Indian journal of veterinary science and animal husbandry - Volume 13,
Year: 1943
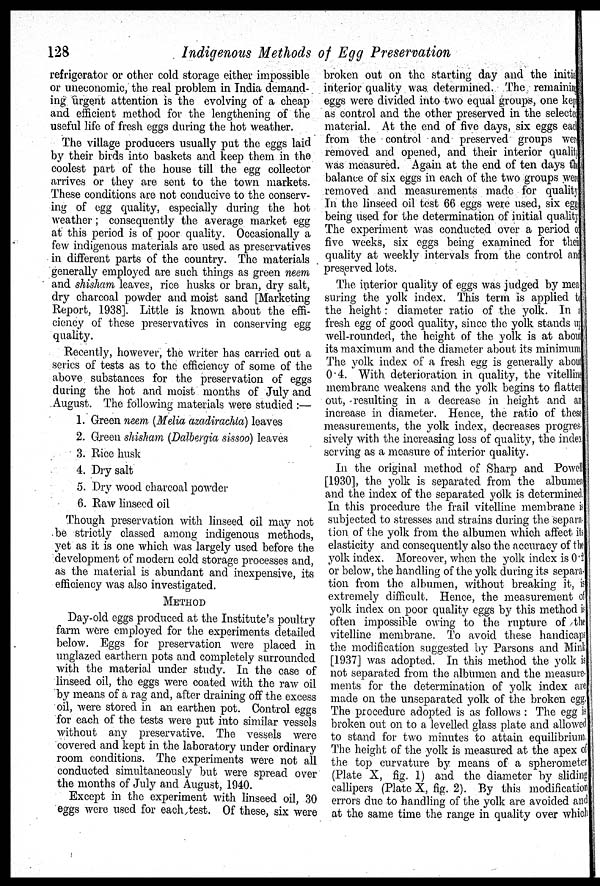
128
Indigenous Methods of Egg Preservation
refrigerator or other cold storage either impossible
or uneconomic, the real problem in India demand-
ing urgent attention is the evolving of a cheap
and efficient method for the lengthening of the
useful life of fresh eggs during the hot weather.
The village producers usually put the eggs laid
by their birds into baskets and keep them in the
coolest part of the house till the egg collector
arrives or they are sent to the town markets.
These conditions are not conducive to the conserv-
ing of egg quality, especially during the hot
weather; consequently the average market egg
at this period is of poor quality. Occasionally a
few indigenous materials are used as preservatives
in different parts of the country. The materials
generally employed are such things as green neem
and shisham leaves, rice husks or bran, dry salt,
dry charcoal powder and moist sand [Marketing
Report, 1938]. Little is known about the effi-
ciency of these preservatives in conserving egg
quality.
Recently, however, the writer has carried out a
series of tests as to the efficiency of some of the
above substances for the preservation of eggs
during the hot and moist months of July and
August. The following materials were studied :—
1. Green neem (Melia azadirachta) leaves
2. Green shisham (Dalbergia sissoo) leaves
3. Rice husk
4. Dry salt
5. Dry wood charcoal powder
6. Raw linseed oil
Though preservation with linseed oil may not
be strictly classed among indigenous methods,
yet as it is one which was largely used before the
development of modern cold storage processes and,
as the material is abundant and inexpensive, its
efficiency was also investigated.
METHOD
Day-old eggs produced at the Institute's poultry
farm were employed for the experiments detailed
below. Eggs for preservation were placed in
unglazed earthern pots and completely surrounded
with the material under study. In the case of
linseed oil, the eggs were coated with the raw oil
by means of a rag and, after draining off the excess
oil, were stored in an earthen pot. Control eggs
for each of the tests were put into similar vessels
without any preservative. The vessels were
covered and kept in the laboratory under ordinary
room conditions. The experiments were not all
conducted simultaneously but were spread over
the months of July and August, 1940.
Except in the experiment with linseed oil, 30
eggs were used for each test. Of these, six were
broken out on the starting day and the initia
interior quality was determined. The remaining
eggs were divided into two equal groups, one kept
as control and the other preserved in the selected
material. At the end of five days, six eggs each
from the control and preserved groups were
removed and opened, and their interior quality
was measured. Again at the end of ten days the
balance of six eggs in each of the two groups were
removed and measurements made for quality.
In the linseed oil test 66 eggs were used, six eggs
being used for the determination of initial quality.
The experiment was conducted over a period of
five weeks, six eggs being examined for their
quality at weekly intervals from the control and
preserved lots.
The interior quality of eggs was judged by mea-
suring the yolk index. This term is applied to
the height : diameter ratio of the yolk. In a
fresh egg of good quality, since the yolk stands up
well-rounded, the height of the yolk is at about
its maximum and the diameter about its minimum.
The yolk index of a fresh egg is generally about
0.4. With deterioration in quality, the vitelline
membrane weakens and the yolk begins to flatten
out, resulting in a decrease in height and an
increase in diameter. Hence, the ratio of these
measurements, the yolk index, decreases progres-
sively with the increasing loss of quality, the index
serving as a measure of interior quality.
In the original method of Sharp and Powell
[1930], the yolk is separated from the albumen
and the index of the separated yolk is determined.
In this procedure the frail vitelline membrane is
subjected to stresses and strains during the separa-
tion of the yolk from the albumen which affect its
elasticity and consequently also the accuracy of the
yolk index. Moreover, when the yolk index is 0'2
or below, the handling of the yolk during its separa-
tion from the albumen, without breaking it, is
extremely difficult. Hence, the measurement of
yolk index on poor quality eggs by this method is
often impossible owing to the rupture of the
vitelline membrane. To avoid these handicaps
the modification suggested by Parsons and Mink
[1937] was adopted. In this method the yolk is
not separated from the albumen and the measure-
ments for the determination of yolk index are
made on the unseparated yolk of the broken egg.
The procedure adopted is as follows: The egg is
broken out on to a levelled glass plate and allowed
to stand for two minutes to attain equilibrium.
The height of the yolk is measured at the apex of
the top curvature by means of a spherometer
(Plate X, fig. 1) and the diameter by sliding
callipers (Plate X, fig. 2). By this modification
errors due to handling of the yolk are avoided and
at the same time the range in quality over which